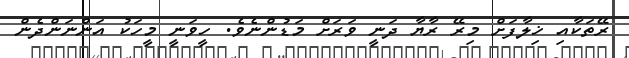
ރޭތަކާއި ޚިލާފަށް މިރޭ ރާޔާ ދަނީ ވަރަށް މަޑުންނެވެ. ހީވަނީ މީހަކު އަންނަންދެން